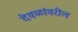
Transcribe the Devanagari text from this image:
देवळांवरील